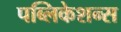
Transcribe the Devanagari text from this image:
पब्‍लिकेशन्‍स